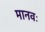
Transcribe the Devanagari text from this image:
मानवः